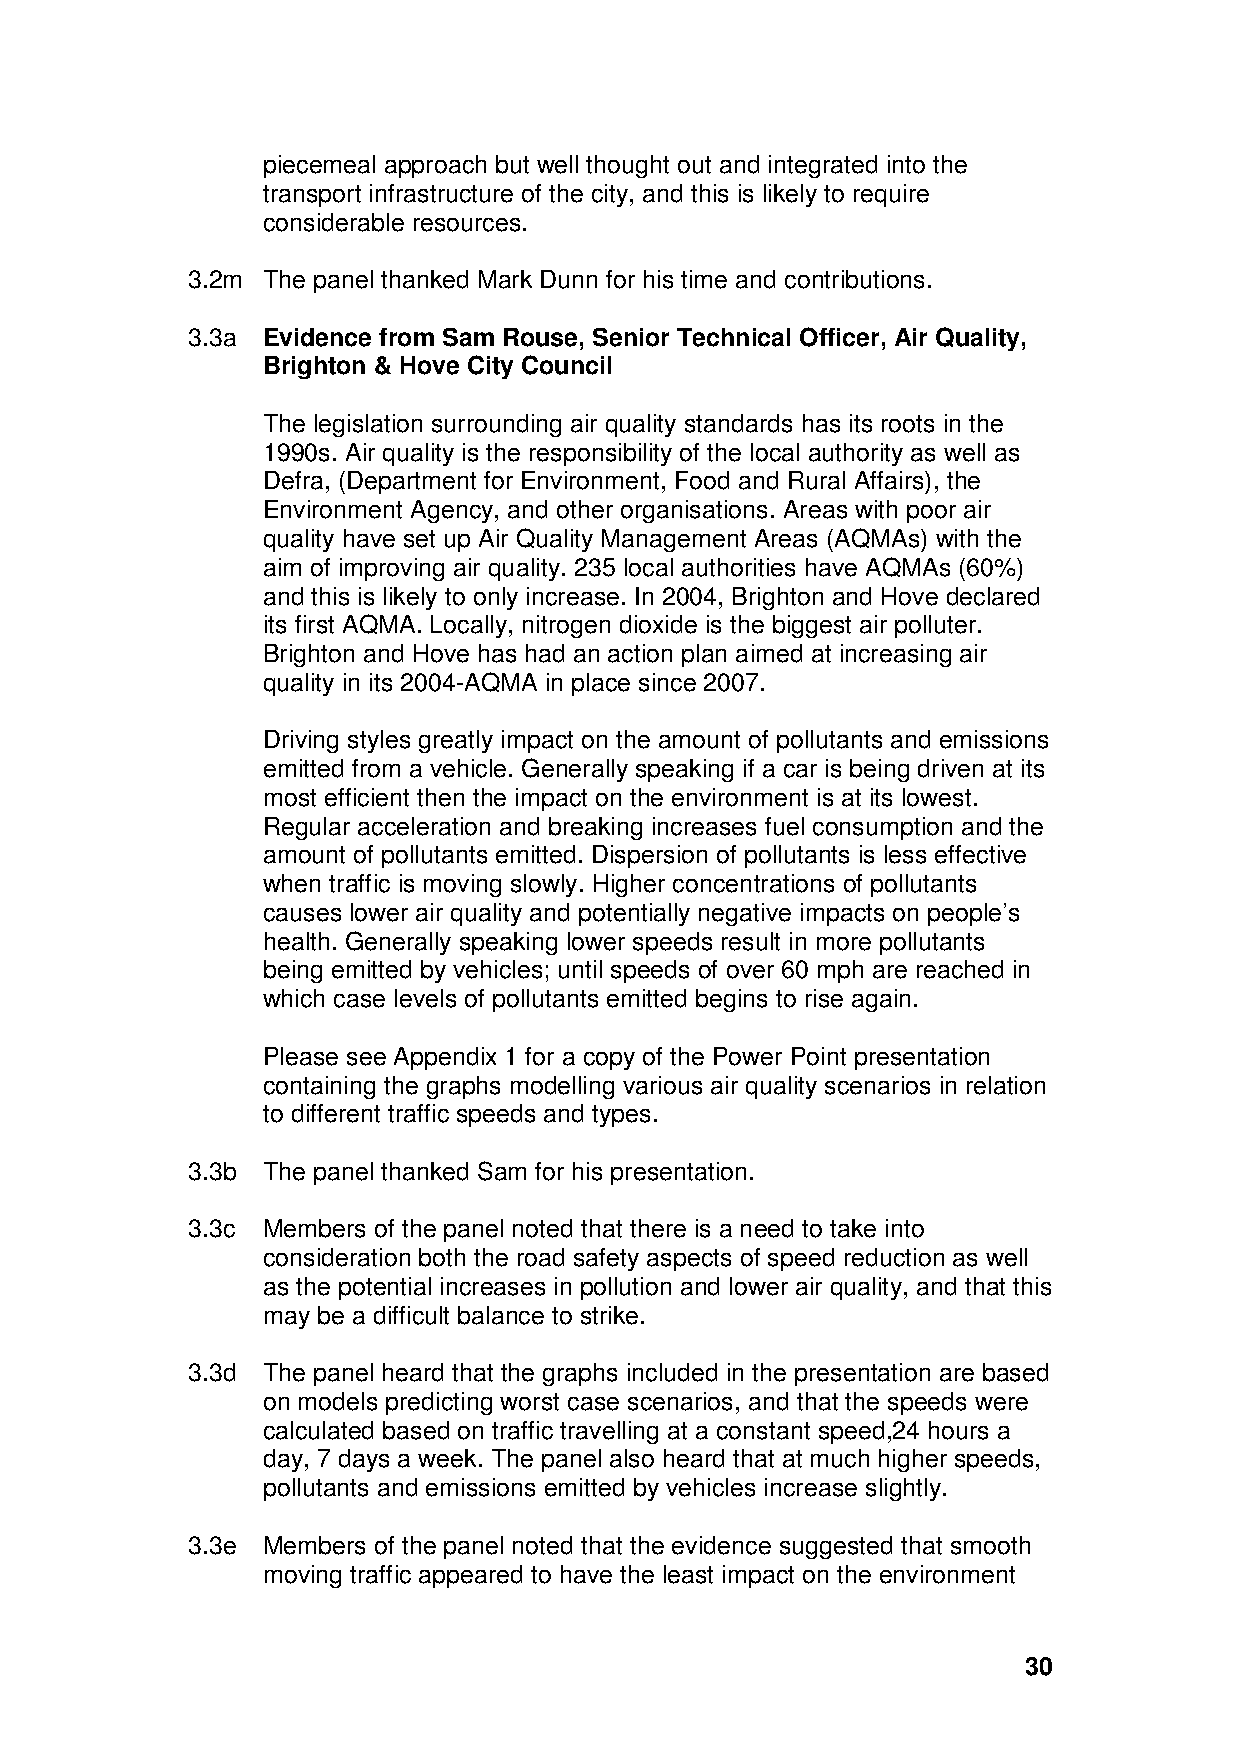
piecemeal approach but well thought out and integrated into the
 transport infrastructure of the city, and this is likely to require
 considerable resources.
 3.2m The panel thanked Mark Dunn for his time and contributions.
 3.3a Evidence from Sam Rouse, Senior Technical Officer, Air Quality,
 Brighton & Hove City Council
 The legislation surrounding air quality standards has its roots in the
 1990s. Air quality is the responsibility of the local authority as well as
 Defra, (Department for Environment, Food and Rural Affairs), the
 Environment Agency, and other organisations. Areas with poor air
 quality have set up Air Quality Management Areas (AQMAs) with the
 aim of improving air quality. 235 local authorities have AQMAs (60%)
 and this is likely to only increase. In 2004, Brighton and Hove declared
 its first AQMA. Locally, nitrogen dioxide is the biggest air polluter.
 Brighton and Hove has had an action plan aimed at increasing air
 quality in its 2004-AQMA in place since 2007.
 Driving styles greatly impact on the amount of pollutants and emissions
 emitted from a vehicle. Generally speaking if a car is being driven at its
 most efficient then the impact on the environment is at its lowest.
 Regular acceleration and breaking increases fuel consumption and the
 amount of pollutants emitted. Dispersion of pollutants is less effective
 when traffic is moving slowly. Higher concentrations of pollutants
 causes lower air quality and potentially negative impacts on people’s
 health. Generally speaking lower speeds result in more pollutants
 being emitted by vehicles; until speeds of over 60 mph are reached in
 which case levels of pollutants emitted begins to rise again.
 Please see Appendix 1 for a copy of the Power Point presentation
 containing the graphs modelling various air quality scenarios in relation
 to different traffic speeds and types.
 3.3b The panel thanked Sam for his presentation.
 3.3c Members of the panel noted that there is a need to take into
 consideration both the road safety aspects of speed reduction as well
 as the potential increases in pollution and lower air quality, and that this
 may be a difficult balance to strike.
 3.3d The panel heard that the graphs included in the presentation are based
 on models predicting worst case scenarios, and that the speeds were
 calculated based on traffic travelling at a constant speed,24 hours a
 day, 7 days a week. The panel also heard that at much higher speeds,
 pollutants and emissions emitted by vehicles increase slightly.
 3.3e Members of the panel noted that the evidence suggested that smooth
 moving traffic appeared to have the least impact on the environment
 30